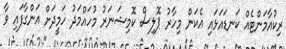
ރިކުއާމަންޓެއް ކަނޑައަޅައި އެކަން މިހާރު ޕޮލިސް ކޮމިޝަނަރު މުހައްމަދު ހަމީދަށް އަންގާފައި ވާ